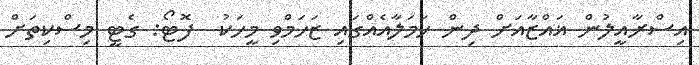
އިސްރާއީލުން ޣައްޒާއަށް ދިން ހަމަލާއެއްގައި ޒަހަމްވި މީހަކު  ފޮޓޯ: ގެޓީ މިސްކިތަށް